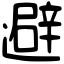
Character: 避